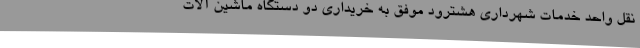
نقل واحد خدمات شهرداری هشترود موفق به خریداری دو دستگاه ماشین آلات